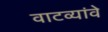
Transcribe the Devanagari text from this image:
वाटव्यांवे